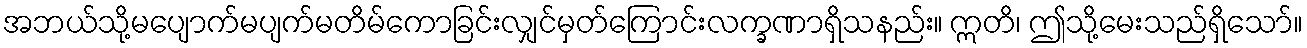
အဘယ်သို့မပျောက်မပျက်မတိမ်ကောခြင်းလျှင်မှတ်ကြောင်းလက္ခဏာရှိသနည်း။ ဣတိ၊ ဤသို့မေးသည်ရှိသော်။